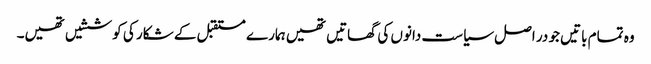
وہ تمام باتیں جو در اصل سیاست دانوں کی گھاتیں تھیں ہمارے مستقبل کے شکار کی کوششیں تھیں۔